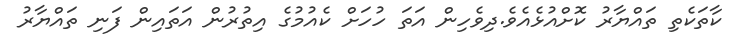
ކާތަކެތި ތައްޔާރު ކޮށްއުޅެއެވެ.ދިވެހިން އަތަ ހުހަށް ކެއުމުގެ އިތުރުން އަތައިން ފަނި ތައްޔާރު